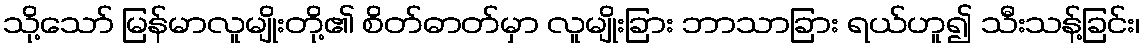
သို့သော် မြန်မာလူမျိုးတို့၏ စိတ်ဓာတ်မှာ လူမျိုးခြား ဘာသာခြား ရယ်ဟူ၍ သီးသန့်ခြင်း၊